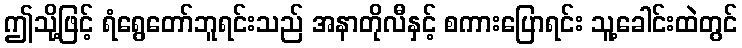
ဤသို့ဖြင့် ရံရွေတော်ဘူရင်းသည် အနာတိုလီနှင့် စကားပြောရင်း သူ့ခေါင်းထဲတွင်